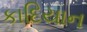
કાદિયાન